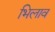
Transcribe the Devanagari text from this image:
भिलाव